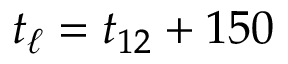
t _ { \ell } = t _ { 1 2 } + 1 5 0